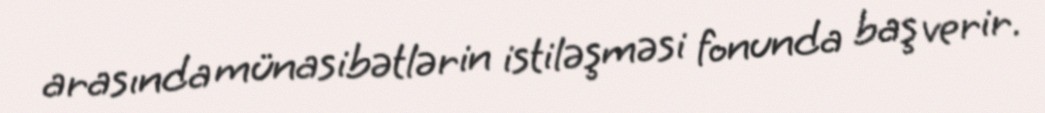
arasında münasibətlərin istiləşməsi fonunda baş verir.